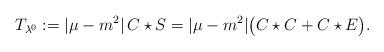
LaTeX: \begin{align*}T_{\lambda^0} := |\mu-m^2|\, C\star S= |\mu-m^2| \big(C\star C + C\star E\big).\end{align*}